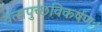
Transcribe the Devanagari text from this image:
वत्सपुच्छविकर्षणः।